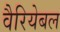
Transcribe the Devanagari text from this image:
वैरियेबल